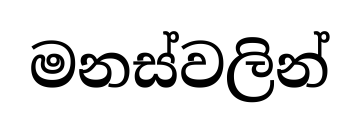
මනස්වලින්